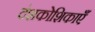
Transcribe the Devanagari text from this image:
दंशकोशिकाएँ